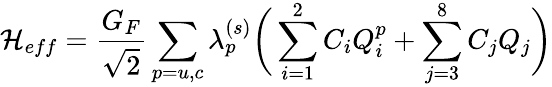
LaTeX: {\cal H}_{eff}=\frac{G_{F}}{\sqrt{2}}\sum_{p=u,c}\lambda_{p}^{(s)}\bigg(\sum_{i=1}^{2}C_{i}Q_{i}^{p}+\sum_{j=3}^{8}C_{j}Q_{j}\bigg)